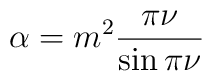
\alpha=m^{2}\frac{\pi\nu}{\sin\pi\nu}